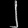
Digit: ၂